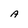
Character: A